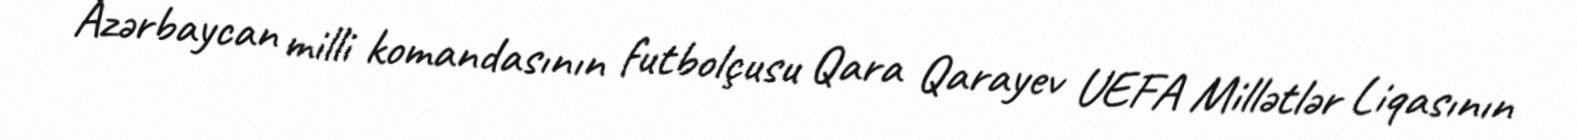
Azərbaycan milli komandasının futbolçusu Qara Qarayev UEFA Millətlər Liqasının